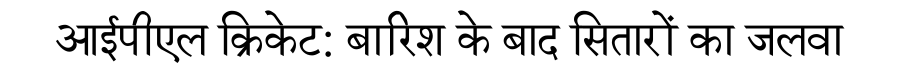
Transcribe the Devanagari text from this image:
आईपीएल क्रिकेट: बारिश के बाद सितारों का जलवा